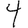
Digit: 4